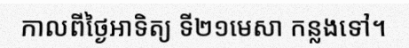
កាលពីថ្ងៃអាទិត្យ ទី២១មេសា កន្លងទៅ។